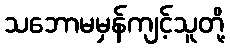
သဘောမမှန်ကျင့်သူတို့